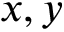
x , y